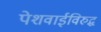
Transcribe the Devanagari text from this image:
पेशवाईविरुद्ध